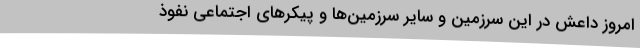
امروز داعش در این سرزمین و سایر سرزمین‌ها و پیکرهای اجتماعی نفوذ